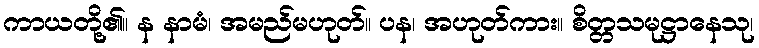
ကာယတို့၏။ န နာမံ၊ အမည်မဟုတ်။ ပန၊ အဟုတ်ကား။ စိတ္တသမုဋ္ဌာနေသု၊